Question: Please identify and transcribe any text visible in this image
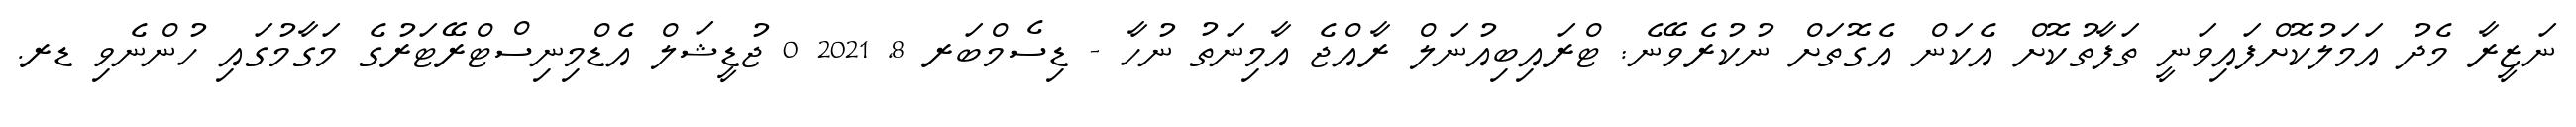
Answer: ނަޒީރާ މެދު އަމަލުކޮށްފައިވަނީ ތަފާތުކޮށް އެކަން އެގޮތަށް ނުކުރެވޭނެ: ޓްރައިބިއުނަލް ރާއްޖެ އާމިނަތު ނުހާ - ޑިސެމްބަރ 8, 2021 0 ޖުޑީޝަލް އެޑްމިނިސްޓްރޭޓަރުގެ މަގާމުގައި ހުންނެވި ޑރ.